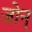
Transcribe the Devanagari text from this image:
जोन्